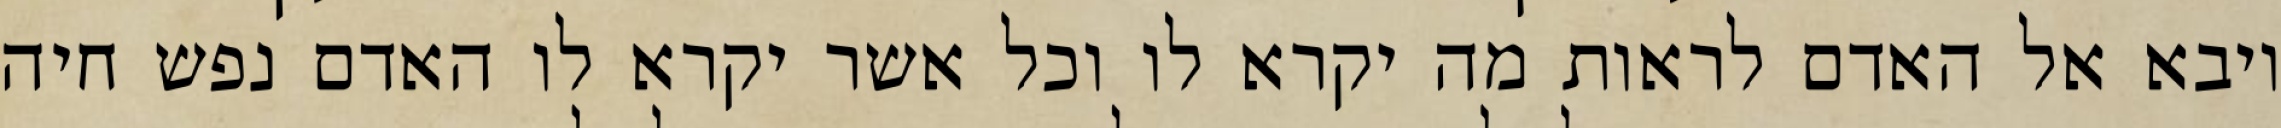
ויבא אל האדם לראות מה יקרא לו וכל אשר יקרא לו האדם נפש חיה